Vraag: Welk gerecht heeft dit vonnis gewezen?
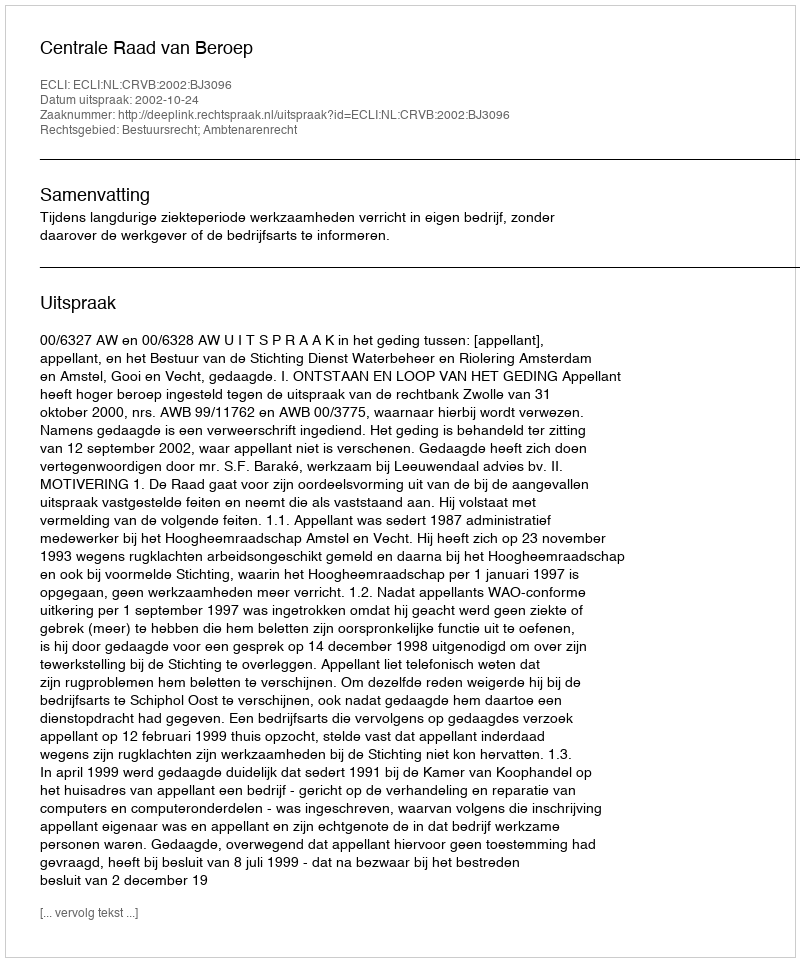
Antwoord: Centrale Raad van Beroep